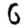
Digit: 6